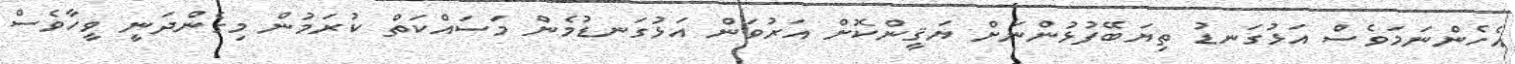
އެހެންނަމަވެސް އަޅުގަނޑު ތިޔަބޭފުޅުންނަށް ޔަޤީންކޮށް އަރުވަން އަޅުގަނޑުމެން މަސައްކަތް ކުރަމުން މިގެންދަނީ ވީހާވެސް